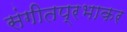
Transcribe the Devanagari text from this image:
संगीतप्रभाकर